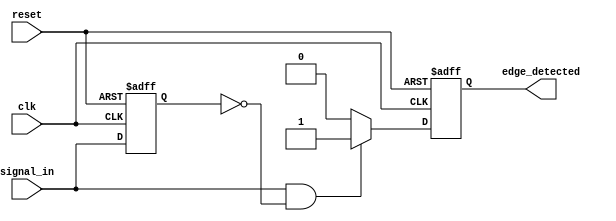
module positive_edge_detector (
    input wire clk,         // Clock signal
    input wire reset,       // Asynchronous reset signal
    input wire signal_in,   // Input signal to detect rising edge
    output reg edge_detected // Output pulse for edge detection
);

// Internal register to store the previous state of signal_in
reg previous_state;

// Asynchronous reset and state sampling
always @(posedge clk or posedge reset) begin
    if (reset) begin
        // Reset the internal state and output
        previous_state <= 1'b0;
        edge_detected <= 1'b0;
    end else begin
        // Check for the rising edge and generate output pulse
        if (signal_in == 1'b1 && previous_state == 1'b0) begin
            edge_detected <= 1'b1; // Rising edge detected
        end else begin
            edge_detected <= 1'b0; // No rising edge detected
        end
        
        // Update previous state to current state
        previous_state <= signal_in;
    end
end

endmodule